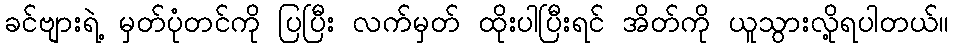
ခင်ဗျားရဲ့ မှတ်ပုံတင်ကို ပြပြီး လက်မှတ် ထိုးပါပြီးရင် အိတ်ကို ယူသွားလို့ရပါတယ်။